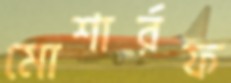
মোশার্রফ